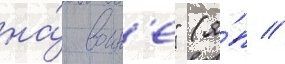
на́ воин'е" (я́п //